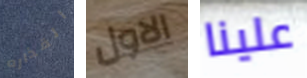
القذاره الاول علينا